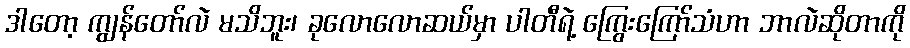
ဒါတော့ ကျွန်တော်လဲ မသိဘူး၊ ခုလောလောဆယ်မှာ ပါတီရဲ့ ကြွေးကြော်သံဟာ ဘာလဲဆိုတာကို